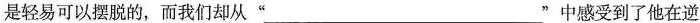
是轻易可以摆脱的，而我们却从”___”中感受到了他在逆